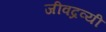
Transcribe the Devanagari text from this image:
जीवद्रव्यी